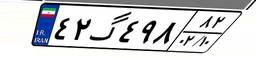
۴۲گ۴۹۸۸۲